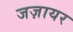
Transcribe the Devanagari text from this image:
जज़ायर